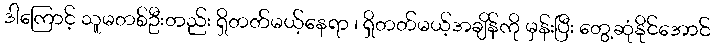
ဒါကြောင့် သူမတစ်ဦးတည်း ရှိတတ်မယ့်နေရာ ၊ ရှိတတ်မယ့်အချိန်ကို မှန်းပြီး တွေ့ဆုံနိုင်အောင်